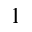
1